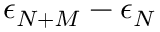
\epsilon _ { N + M } - \epsilon _ { N }